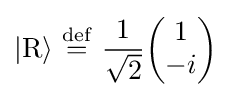
|\mathrm {R} \rangle \ {\stackrel {\mathrm {def} }{=}}\ {1 \over {\sqrt {2}}}{\begin{pmatrix}1\\-i\end{pmatrix}}